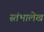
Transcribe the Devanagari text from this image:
स्‍तंभालेख